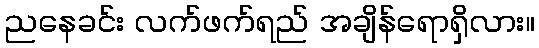
ညနေခင်း လက်ဖက်ရည် အချိန်ရောရှိလား။